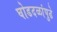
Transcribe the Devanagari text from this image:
घोडदळांपुढे